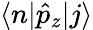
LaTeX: \langle n|\hat{p}_{z}|j\rangle